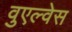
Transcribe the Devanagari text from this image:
वुएल्वेस